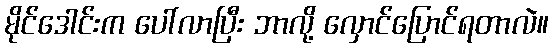
မိုင်ဒေါင်းက ပေါ်လာပြီး ဘာလို့ လှောင်ပြောင်ရတာလဲ။